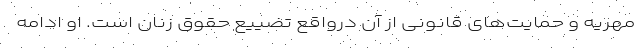
مهریه و حمایت‌های قانونی از آن درواقع تضییع حقوق زنان است. او ادامه